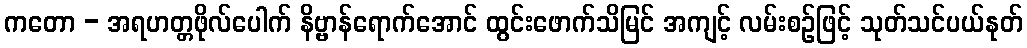
ကတော - အရဟတ္တဖိုလ်ပေါက် နိဗ္ဗာန်ရောက်အောင် ထွင်းဖောက်သိမြင် အကျင့် လမ်းစဉ်ဖြင့် သုတ်သင်ပယ်နုတ်